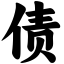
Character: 债